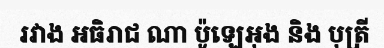
រវាង អធិរាជ ណា ប៉ូឡេអុង និង បុត្រី